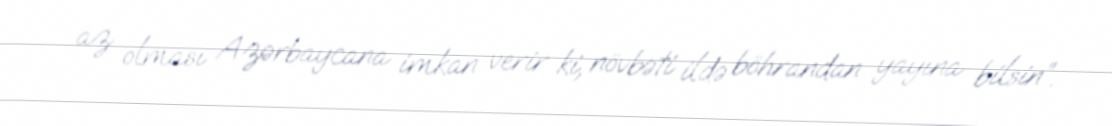
az olması Azərbaycana imkan verir ki, növbəti ildə böhrandan yayına bilsin”.